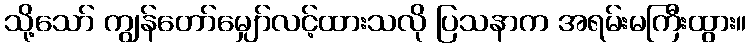
သို့သော် ကျွန်တော်မျှော်လင့်ထားသလို ပြသနာက အရမ်းမကြီးထွား။